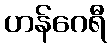
ဟန်ဂေရီ